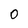
Character: 0